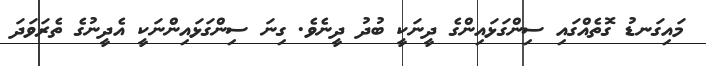
މައިގަނޑު ގޮތެއްގައި ސިންގަޅައިންގެ ދީނަކީ ބުދު ދީނެވެ. ގިނަ ސިންގަޅައިންނަކީ އެދީނުގެ ތެރަވަދަ